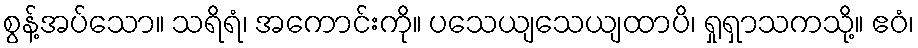
စွန့်အပ်သော။ သရိရံ၊ အကောင်းကို။ ပသေယျသေယျထာပိ၊ ရှုရှာသကသို့။ ဧဝံ၊